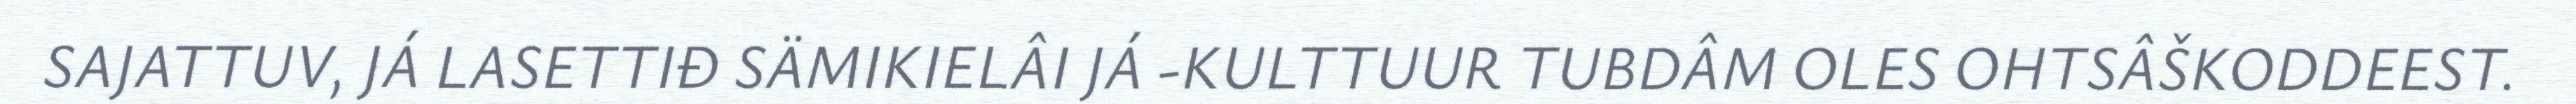
SAJATTUV, JÁ LASETTIĐ SÄMIKIELÂI JÁ -KULTTUUR TUBDÂM OLES OHTSÂŠKODDEEST.